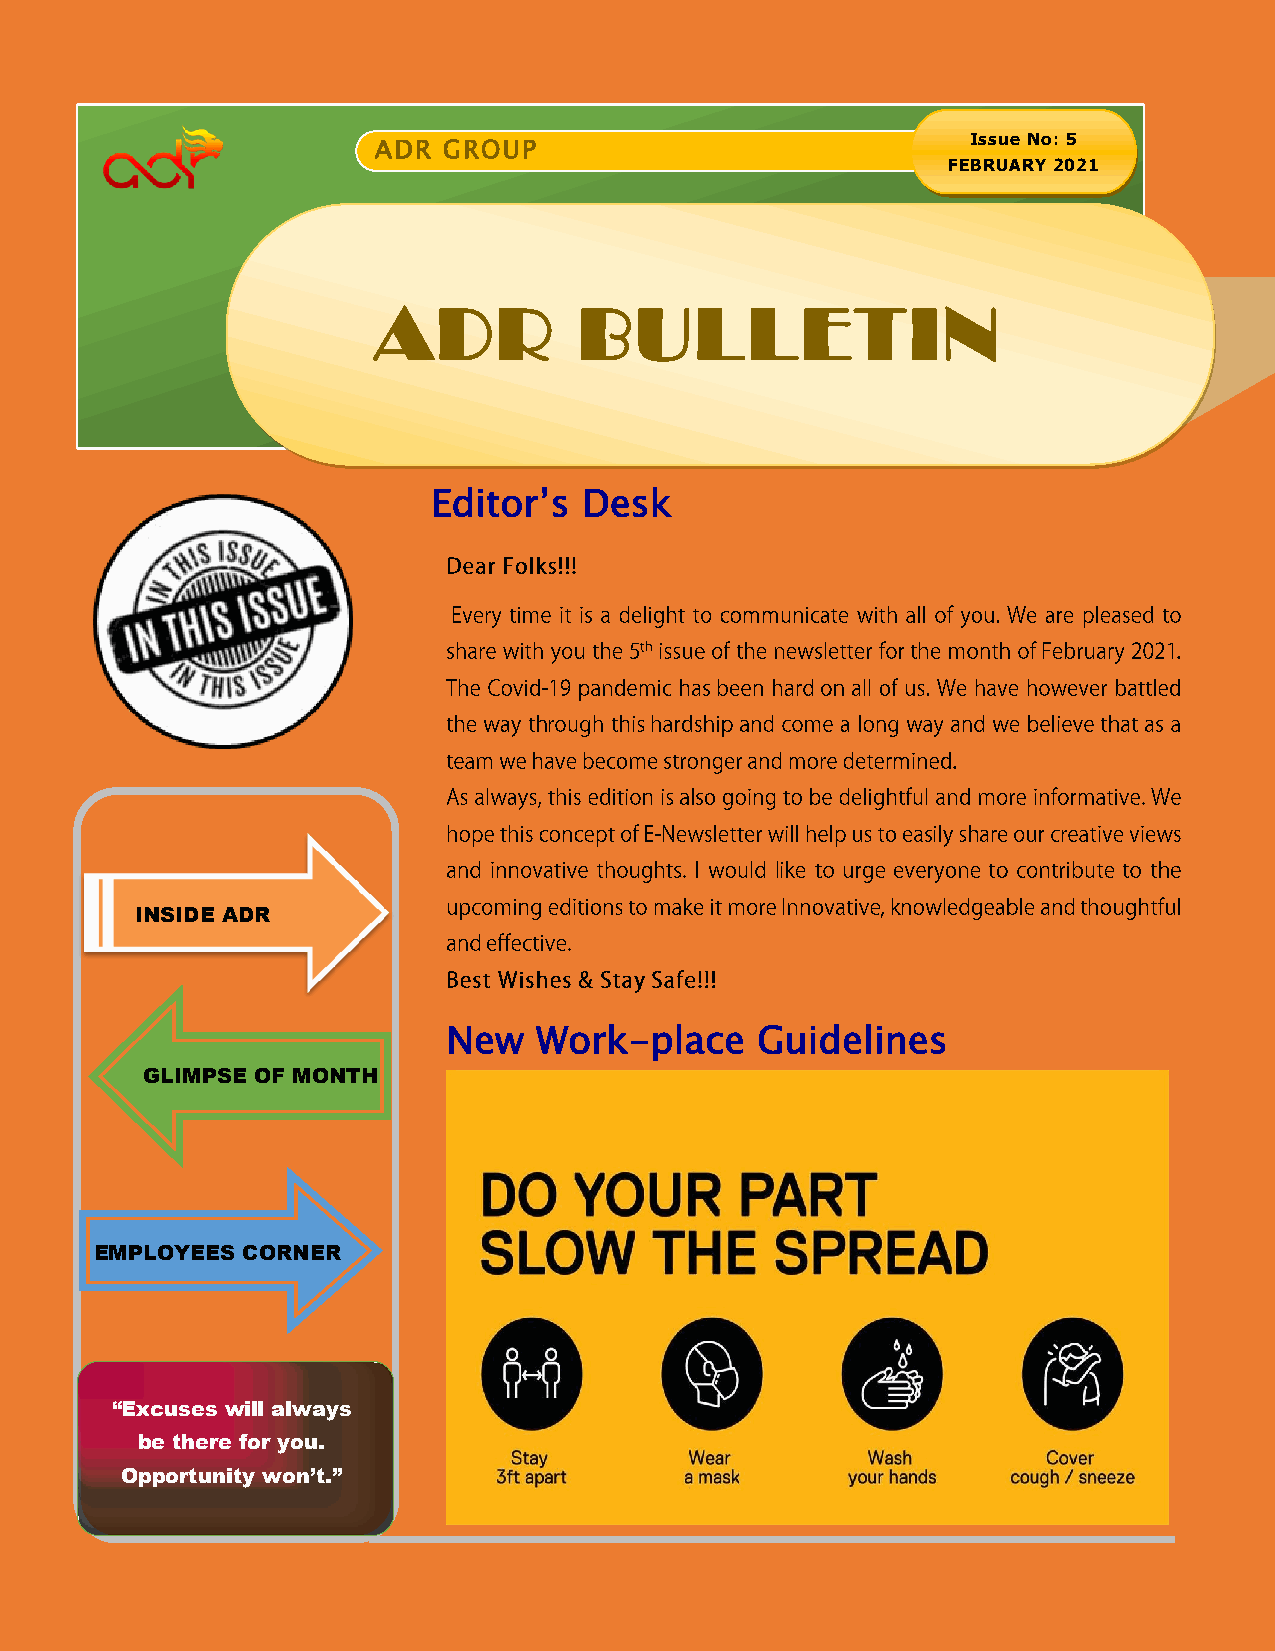
Issue No: 5
 ADR GROUP
 FEBRUARY 2021
 ADR          BULLETIN
 Editor’s  Desk
 INSIDE ADR
 New  Work-place     Guidelines
 GLIMPSE OF MONTH
 EMPLOYEES CORNER
 “Excuses will always
 be there for you.
 Opportunity won’t.”